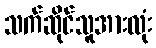
သက်ဆိုင်သူအားလုံး